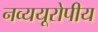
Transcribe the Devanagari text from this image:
नव्ययूरोपीय